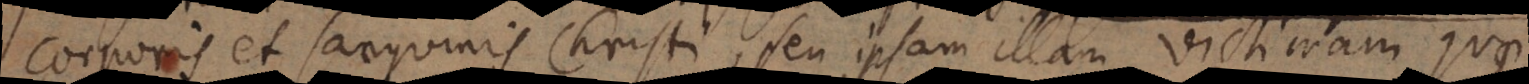
corporis et sanguinis Christi, seu ipsam illam victimam quae